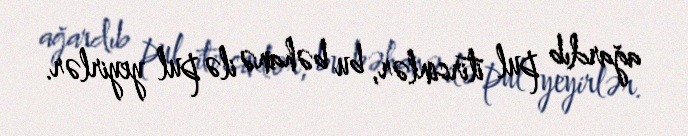
ağardıb pul itirsinlər, bu bəhanə ilə pul yeyirlər.